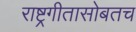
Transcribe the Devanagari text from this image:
राष्ट्रगीतासोबतच